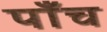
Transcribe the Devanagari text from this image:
पाँँच